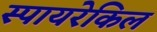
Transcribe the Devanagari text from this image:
स्पायरेकिल